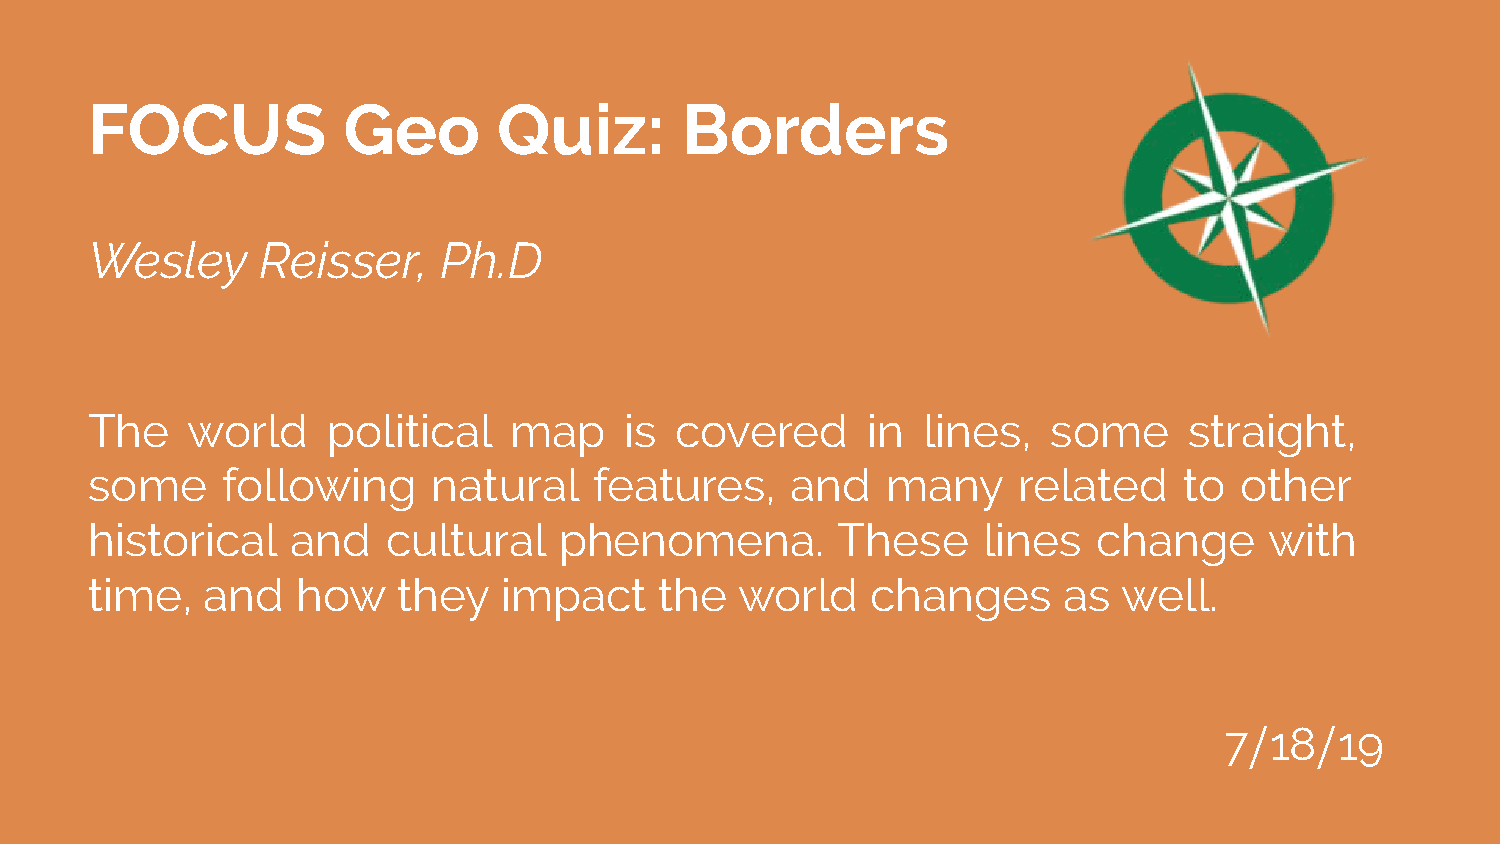
FOCUS            Geo       Quiz:       Borders
 Wesley     Reisser,    Ph.D
 The   world     political   map    is  covered     in  lines,   some     straight,
 some     following     natural   features,    and    many    related    to  other
 historical   and    cultural   phenomena.        These     lines   change     with
 time,   and   how   they   impact     the  world    changes     as  well.
 7/18/19